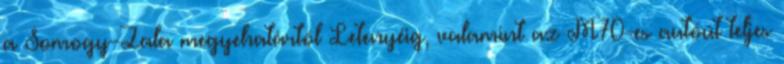
a Somogy-Zala megyehatártól Letenyéig, valamint az M70-es autóút teljes